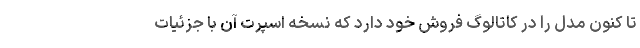
تا کنون مدل را در کاتالوگ فروش خود دارد که نسخه اسپرت آن با جزئیات